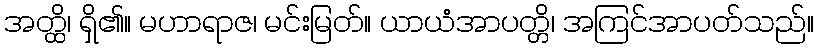
အတ္ထိ၊ ရှိ၏။ မဟာရာဇ၊ မင်းမြတ်။ ယာယံအာပတ္တိ၊ အကြင်အာပတ်သည်။